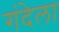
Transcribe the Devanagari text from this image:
गंदेला